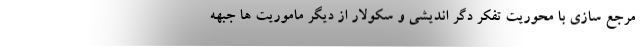
مرجع سازی با محوریت تفکر دگر اندیشی و سکولار از دیگر ماموریت ها جبهه